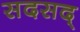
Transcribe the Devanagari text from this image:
सदसद्